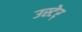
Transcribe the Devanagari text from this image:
उस्टेर्